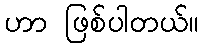
ဟာ ဖြစ်ပါတယ်။